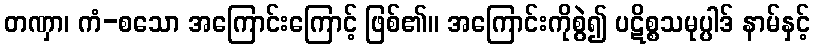
တဏှာ၊ ကံ-စသော အကြောင်းကြောင့် ဖြစ်၏။ အကြောင်းကိုစွဲ၍ ပဋိစ္စသမုပ္ပါဒ် နာမ်နှင့်